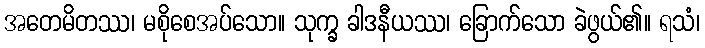
အတေမိတဿ၊ မစိုစေအပ်သော။ သုက္ခ ခါဒနီယဿ၊ ခြောက်သော ခဲဖွယ်၏။ ရသံ၊